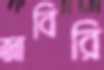
জাবিরি